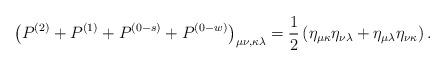
LaTeX: \begin{align*}\left( P^{(2)}+P^{(1)}+P^{(0-s)}+P^{(0-w)}\right) _{\mu \nu ,\kappa \lambda}=\frac 12\left( \eta _{\mu \kappa }\eta _{\nu \lambda }+\eta _{\mu \lambda}\eta _{\nu \kappa }\right) . \end{align*}